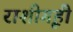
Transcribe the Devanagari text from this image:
राशीगृही